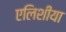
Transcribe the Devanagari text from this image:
एलिशीया